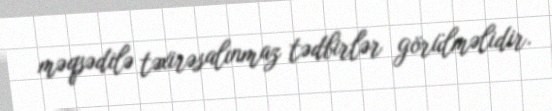
məqsədilə təxirəsalınmaz tədbirlər görülməlidir.